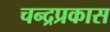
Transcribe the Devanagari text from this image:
चन्द्रप्रकास